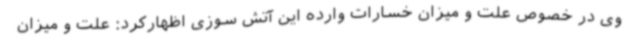
وی در خصوص علت و میزان خسارات وارده این آتش سوزی اظهارکرد: علت و میزان